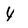
Character: 4